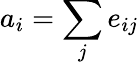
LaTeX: a_{i}=\sum_{j}e_{ij}